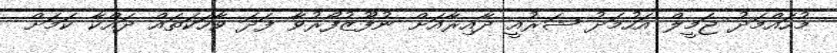
މުހައްމަދު ޖަމީލް އަހުމަދު ޝަރުއީ ދާއިރާއަށް ނުފޫޒުފޯރުވާ ފަދަ ވާހަކަތައް ދައްކާ ކަމަށް